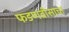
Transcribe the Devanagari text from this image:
फडणवीसाचा